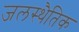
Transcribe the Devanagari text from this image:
जलस्थैतिक